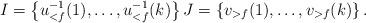
LaTeX: \begin{align*}I=\left\{u_{<f}^{-1}(1),\dots, u_{<f}^{-1}(k)\right\} J=\left\{v_{>f}(1),\dots, v_{>f}(k)\right\}.\end{align*}